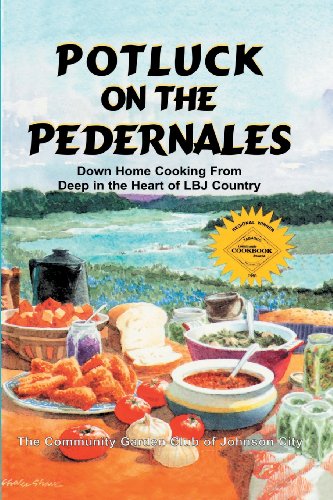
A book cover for Potluck on the Pedernales: Down Home Cooking from Deep in the Heart of LBJ Country; Club of Johnson City Community Garden; Cookbooks, Food & Wine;